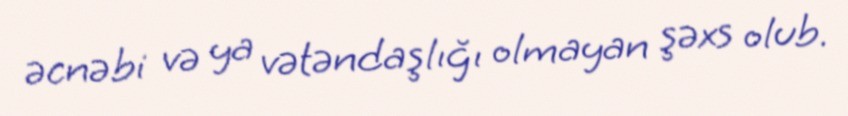
əcnəbi və ya vətəndaşlığı olmayan şəxs olub.